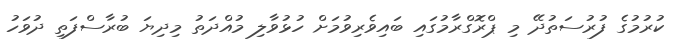
ކުރުމުގެ ފުރުސަތުދޭ މި ޕްރޮގްރާމުގައި ބައިވެރިވުމަށް ހުޅުވާލި މުއްދަތު މިދިޔަ ބުރާސްފަތި ދުވަހު